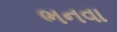
ભનવા